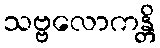
သဗ္ဗလောကန္တိ